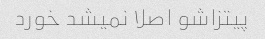
پیتزاشو اصلا نمیشد خورد